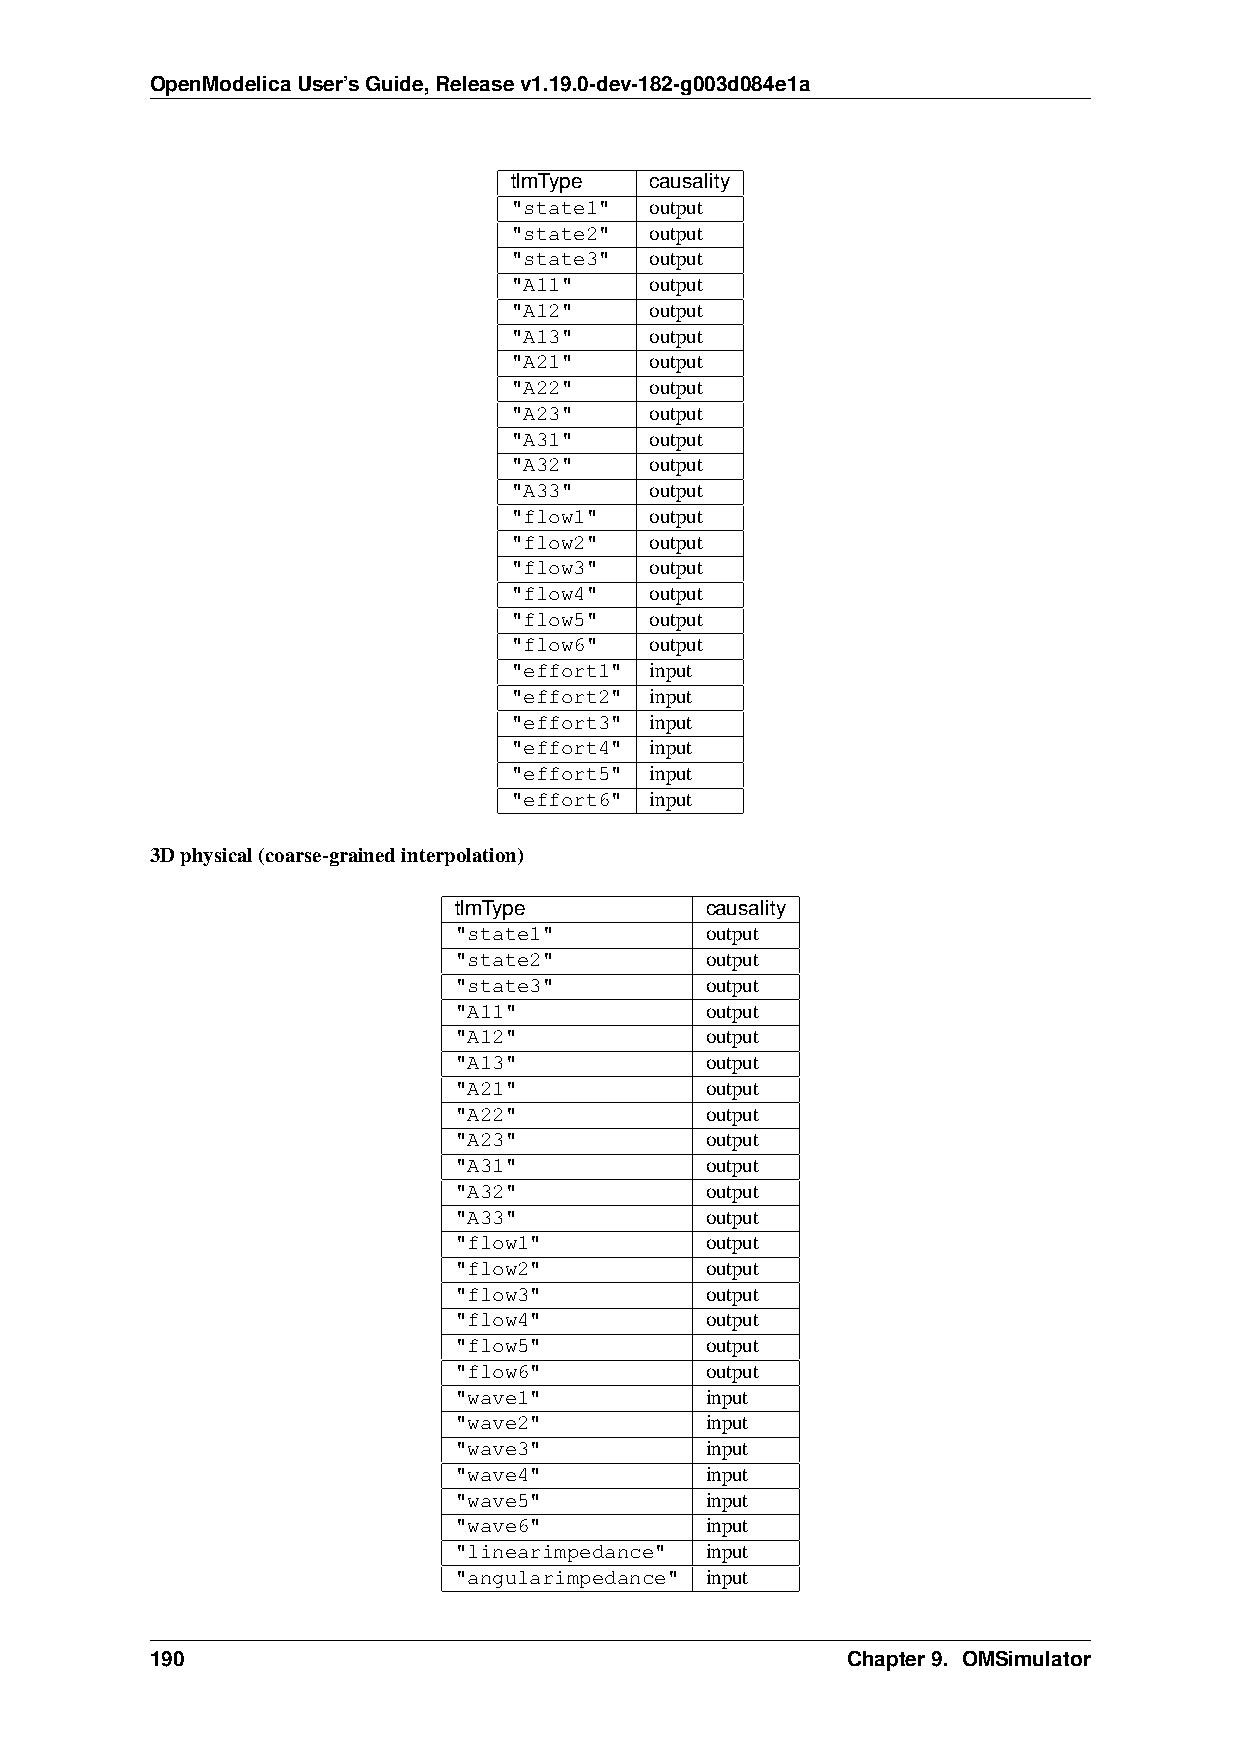
OpenModelicaUser’sGuide,Releasev1.19.0-dev-182-g003d084e1a
 tlmType  causality
 "state1" output
 "state2" output
 "state3" output
 "A11"    output
 "A12"    output
 "A13"    output
 "A21"    output
 "A22"    output
 "A23"    output
 "A31"    output
 "A32"    output
 "A33"    output
 "flow1"  output
 "flow2"  output
 "flow3"  output
 "flow4"  output
 "flow5"  output
 "flow6"  output
 "effort1" input
 "effort2" input
 "effort3" input
 "effort4" input
 "effort5" input
 "effort6" input
 3Dphysical(coarse-grainedinterpolation)
 tlmType          causality
 "state1"         output
 "state2"         output
 "state3"         output
 "A11"            output
 "A12"            output
 "A13"            output
 "A21"            output
 "A22"            output
 "A23"            output
 "A31"            output
 "A32"            output
 "A33"            output
 "flow1"          output
 "flow2"          output
 "flow3"          output
 "flow4"          output
 "flow5"          output
 "flow6"          output
 "wave1"          input
 "wave2"          input
 "wave3"          input
 "wave4"          input
 "wave5"          input
 "wave6"          input
 "linearimpedance" input
 "angularimpedance" input
 190                                           Chapter9. OMSimulator